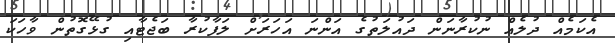
އެކަމެއް ދުލެއް ނުކުރާނަން ދައުލަތުގެ އަންނަ އަހަރަށް ލަފާކުރާ ބަޖެޓާއި ގުޅޭގޮތުން ވާހަކަ